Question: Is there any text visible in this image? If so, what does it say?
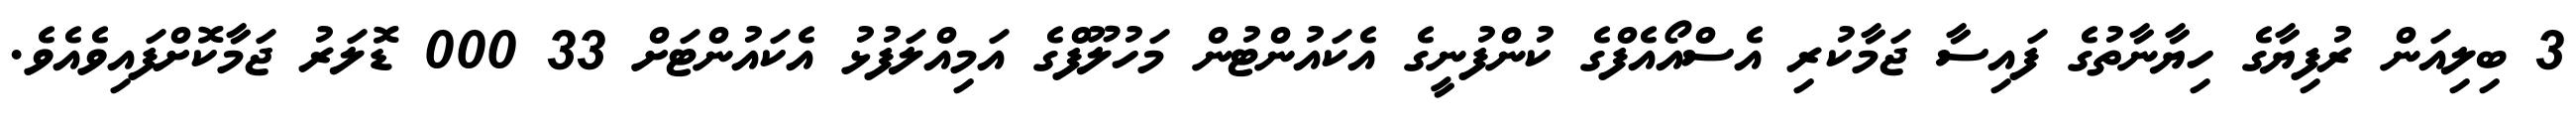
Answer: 3 ބިލިއަން ރުފިޔާގެ ހިޔާނާތުގެ ފައިސާ ޖަމާކުރި އެސްއޯއެފްގެ ކުންފުނީގެ އެކައުންޓުން މަހުލޫފްގެ އަމިއްލަފުޅު އެކައުންޓަށް 33 000 ޑޮލަރު ޖަމާކޮށްފައިވެއެވެ.